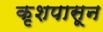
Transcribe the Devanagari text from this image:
कृशपासून